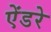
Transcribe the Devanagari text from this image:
ऐंडरे